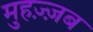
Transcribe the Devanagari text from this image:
मुहज़्ज़ब